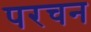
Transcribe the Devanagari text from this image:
परचन